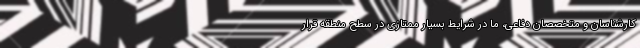
کارشناسان و متخصصان دفاعی، ما در شرایط بسیار ممتازی در سطح منطقه قرار